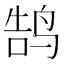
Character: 鹄